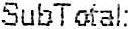
SUBTOTAL: